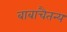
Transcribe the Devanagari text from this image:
बाबाचैतन्य